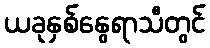
ယခုနှစ်နွေရာသီတွင်